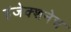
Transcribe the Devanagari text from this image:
इंजेक्शनेच